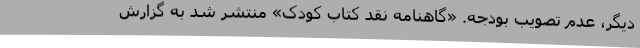
دیگر، عدم تصویب بودجه. «گاهنامه نقد کتاب کودک» منتشر شد به گزارش